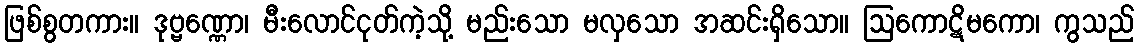
ဖြစ်စွတကား။ ဒုဗ္ဗဏ္ဏော၊ မီးလောင်ငုတ်ကဲ့သို့ မည်းသော မလှသော အဆင်းရှိသော။ ဩကောဋိမကော၊ ကွသည်